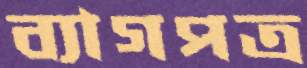
ব্যাগপত্র